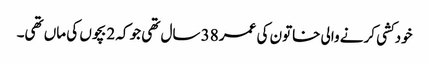
خودکشی کرنے والی خاتون کی عمر 38 سال تھی جو کہ 2 بچوں کی ماں تھی۔